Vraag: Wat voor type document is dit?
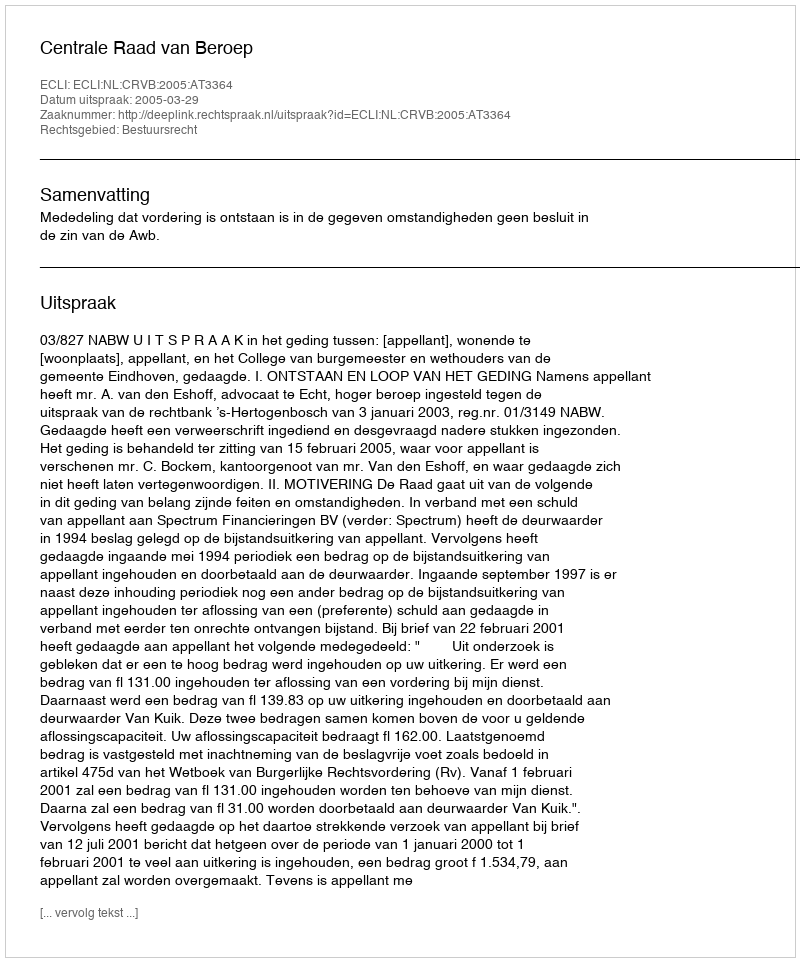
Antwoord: Uitspraak